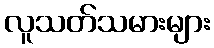
လူသတ်သမားများ